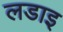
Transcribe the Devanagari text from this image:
लडाइ